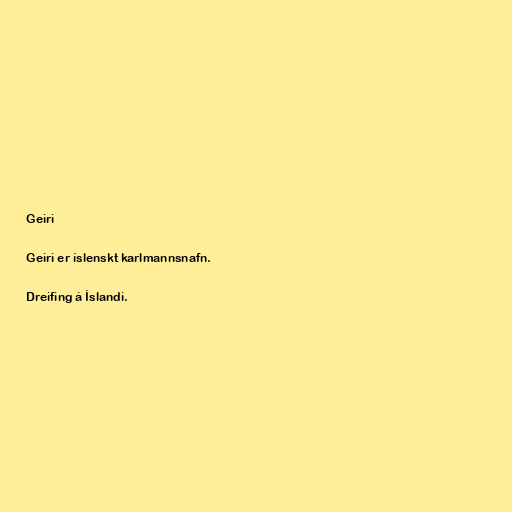
Geiri

Geiri er íslenskt karlmannsnafn.

Dreifing á Íslandi.